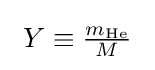
\ Y\equiv {\tfrac {m_{{\ce {He}}}}{M}}~